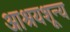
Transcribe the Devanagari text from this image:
आश्रयशून्य